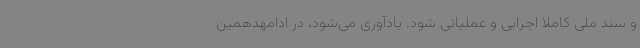
و سند ملی کاملا اجرایی و عملیاتی شود. یادآوری می‌شود، در ادامهدهمین